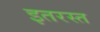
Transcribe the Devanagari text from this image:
इतरस्त